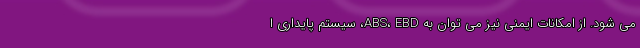
می شود. از امکانات ایمنی نیز می توان به ABS، EBD، سیستم پایداری ا